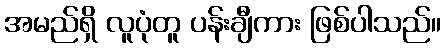
အမည်ရှိ လူပုံတူ ပန်းချီကား ဖြစ်ပါသည်။